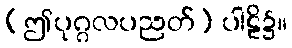
(ဤပုဂ္ဂလပညတ်) ပါဠိ၌။